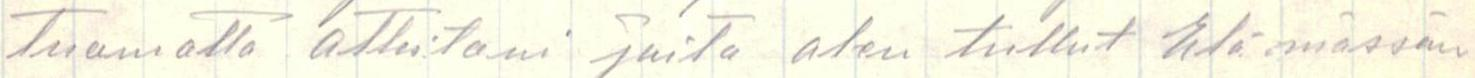
tuomatta atteitani joita olen tullut elämässän